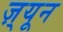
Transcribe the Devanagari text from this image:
ज़्यून